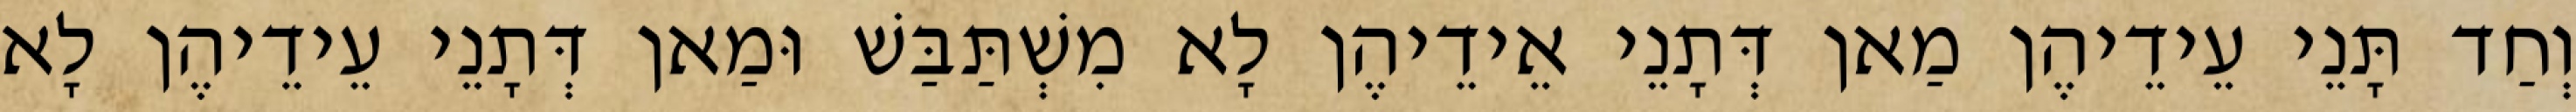
וְחַד תָּנֵי עֵידֵיהֶן מַאן דְּתָנֵי אֵידֵיהֶן לָא מִשְׁתַּבַּשׁ וּמַאן דְּתָנֵי עֵידֵיהֶן לָא